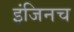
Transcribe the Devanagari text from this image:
इंजिनच